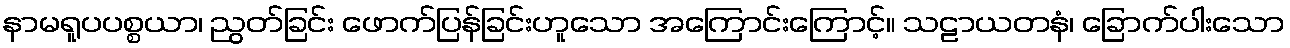
နာမရူပပစ္စယာ၊ ညွတ်ခြင်း ဖောက်ပြန်ခြင်းဟူသော အကြောင်းကြောင့်။ သဠာယတနံ၊ ခြောက်ပါးသော